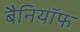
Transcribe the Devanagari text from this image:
बैनियॉफ